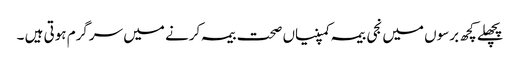
پچھلے کچھ برسوں میں نجی بیمہ کمپنیاں صحت بیمہ کرنے میں سرگرم ہوتی ہیں ۔